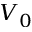
V _ { 0 }